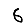
Digit: 6